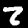
Digit: 2